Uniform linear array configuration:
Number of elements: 12
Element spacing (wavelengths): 0.5
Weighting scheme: hann
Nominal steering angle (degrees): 60
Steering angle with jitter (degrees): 59.243
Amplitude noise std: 0.05
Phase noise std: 0.05

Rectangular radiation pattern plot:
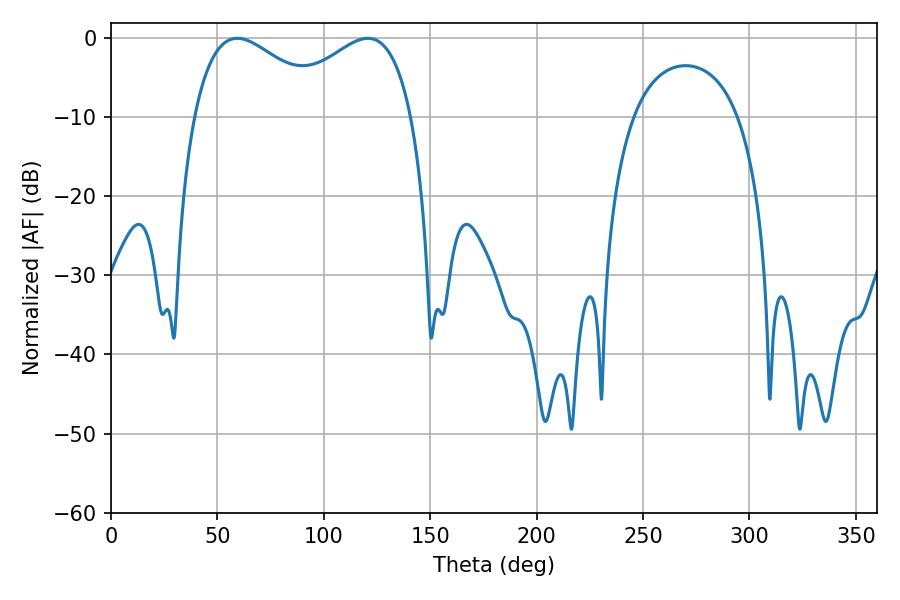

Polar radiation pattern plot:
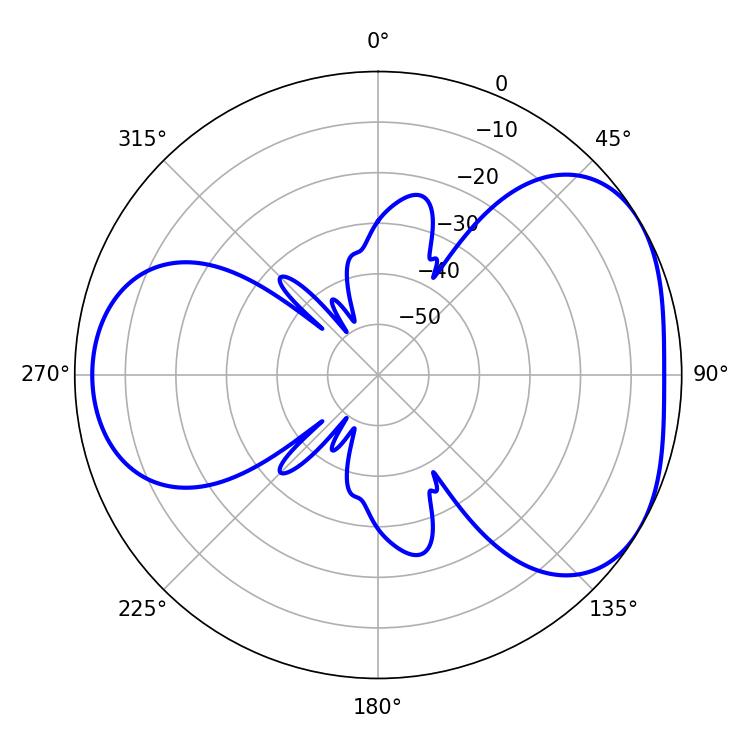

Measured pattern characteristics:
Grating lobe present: FALSE
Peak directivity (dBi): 4.201
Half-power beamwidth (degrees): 35.28
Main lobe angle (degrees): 59.4